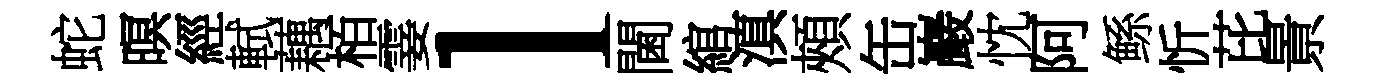
蛇暝經軾藕栢霎l閫綰滇頰缶巖忱阿鲧忻芘㬌